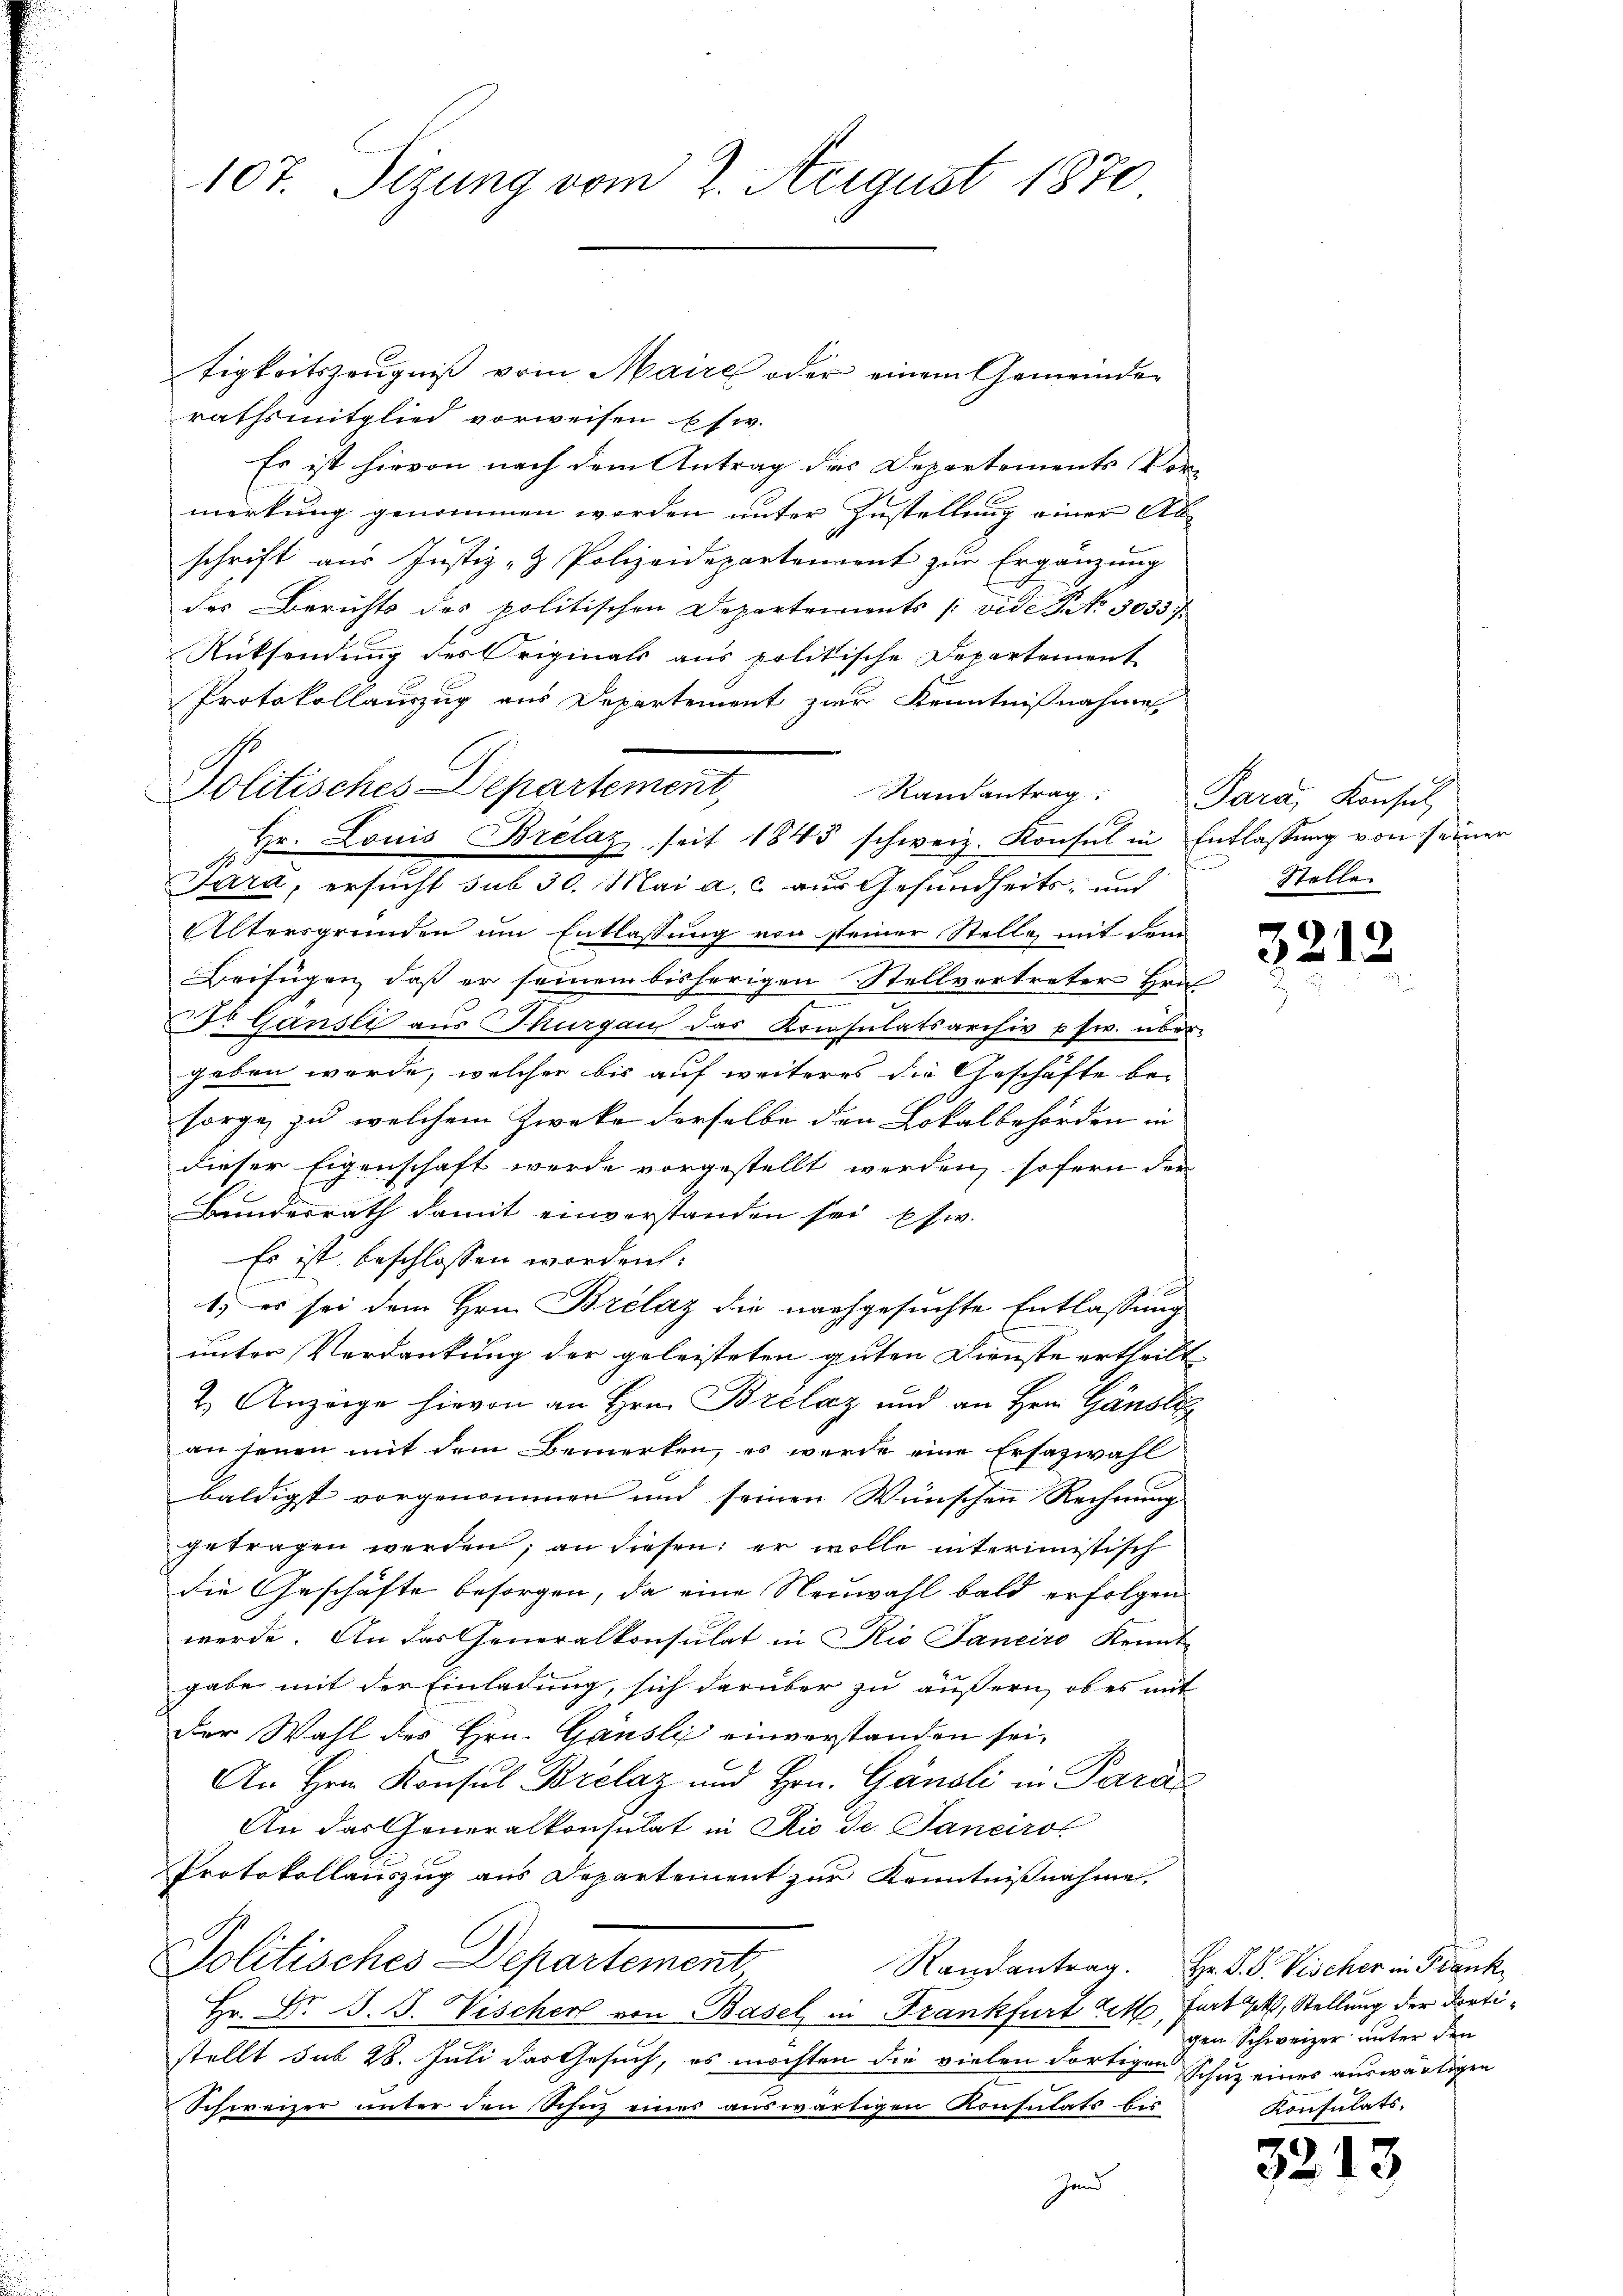
tigkeitszeugniss vom Maire oder einem Gemeinden
rathsmitglied vorweisen usw.
Es ist hievon nach dem Antrag des Departements Vormerkung genommen worden unter Zustellung einer Abt
schrift aus Justiz- & Polizeidepartement zur Ergänzung
des Berichts des politischen Departements [vide P. Nr. 3033 f
Rücksendung des Originals aus politische Departement
Protokollauszug aus Departement zur Kenntnißnahme
A
Pára, ersucht sub 30. Mai a. c. aus Gesundheits- und
Altersgründen um Entlassung von seiner Stelle, mit dem
Beifügen, daß er seinem bisherigen Stellvertreter Hrn
.
Dr Gänsli aus Thurgau das Konsulatsarchiv usw. über
geben worde, welcher bis auf weiteres die Geschäfte be-
sorge zu welchem Zwecke derselbe den Lokalbehörden in
dieser Eigenschaft werde vorgestellt werden, sofern der
Bundesrath damit einverstanden sei es w.
Es ist beschlossen worden.
1) es sei dem Hrn. Brelaz die nachgesuchte Entlassung
unter Verdankung der geleisteten guten Dienste ertheilt.
2. Anzeige hievon an Hrn. Brélaz und an Hrn. Gänsli
an jenen mit dem Bemerken, es wurde eine Ersazwahl
baldigst vorgenommen und seinen Wünschen Rechnung
getragen werden; an diesen; er wolle interimistisch
die Geschäfte besorgen, da eine Neuwahl bald erfolgen
werde. An das Generalkonsulat in Rio Janeiro konnt
gabe mit der Einladung, sich darüber zu äußern, ob es mit
der Wahl des Hrn. Gansli einverstanden sei,
An Hrn. Konsul Brélaz und Hrn. Gänzli in Para
An das Generalkonsulat in Rio de Janeiro
Protokollauszug aus Departement zur Kenntnißnahme
Politisches Departement
Hr. Dr J. J. Vischer von Basel in Frankfurt lit, fort hat, Stellung der dortistellt sub 28. Juli das Gesuch, es möchten die vielen dortigens
Schweizer unter den Schnz eines auswärtigen Konsulats bis
Zund

107. Sizung vom 2. August 1870

Politisches Departement,
Hr. Louis Brelaz, seit 1845 schweiz. Konsul in Entlassung von seiner

Randantrag: Para, Konsul

n
Stelle

3213

Randantrag. Hr. P. F. Vischer in Frank
gen Schweizer unter den
sihnz eines auswärtigen
Konsulats.

3213